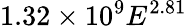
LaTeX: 1.32\times 10^{9}E^{2.81}